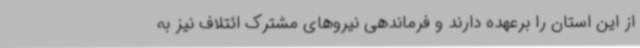
از این استان را برعهده دارند و فرماندهی نیروهای مشترک ائتلاف نیز به